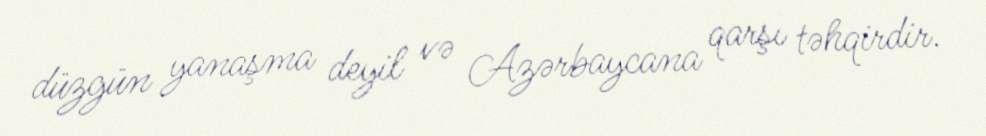
düzgün yanaşma deyil və Azərbaycana qarşı təhqirdir.